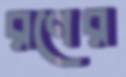
রণের